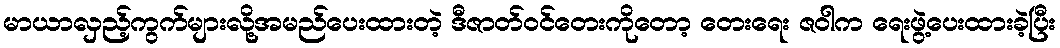
မာယာလှည့်ကွက်များလို့အမည်ပေးထားတဲ့ ဒီဇာတ်ဝင်တေးကိုတော့ တေးရေး ဇဝါက ရေးဖွဲ့ပေးထားခဲ့ပြီး